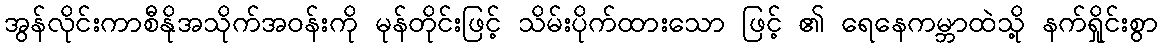
အွန်လိုင်းကာစီနိုအသိုက်အဝန်းကို မုန်တိုင်းဖြင့် သိမ်းပိုက်ထားသော ဖြင့် ၏ ရေနေကမ္ဘာထဲသို့ နက်ရှိုင်းစွာ